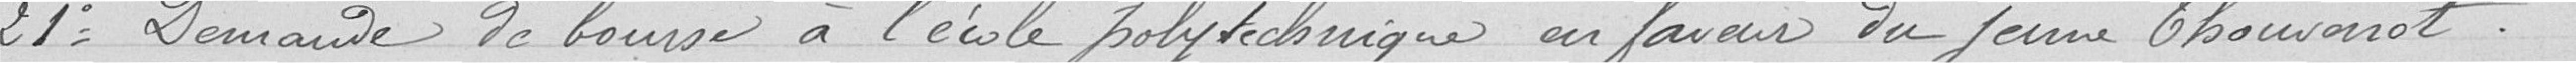
21° Demande de bourse à l'école polytechnique en faveur du jeune Chauverot.